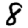
Digit: 8